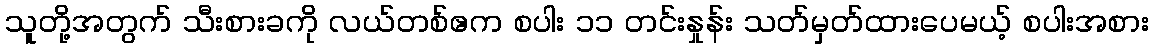
သူတို့အတွက် သီးစားခကို လယ်တစ်ဧက စပါး ၁၁ တင်းနှုန်း သတ်မှတ်ထားပေမယ့် စပါးအစား